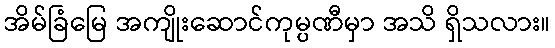
အိမ်ခြံမြေ အကျိုးဆောင်ကုမ္ပဏီမှာ အသိ ရှိသလား။